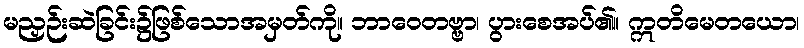
မညှဉ်းဆဲခြင်း၌ဖြစ်သောအမှတ်ကို။ ဘာဝေတဗ္ဗာ၊ ပွားစေအပ်၏။ ဣတိမေတယော၊